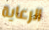
الرعاية